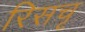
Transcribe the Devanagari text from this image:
रिसचृ